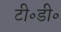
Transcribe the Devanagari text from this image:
टी॰डी॰